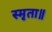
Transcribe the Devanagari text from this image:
स्मृता॥